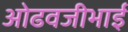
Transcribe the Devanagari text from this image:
ओढवजीभाई